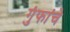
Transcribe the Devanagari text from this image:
गुंफांचे